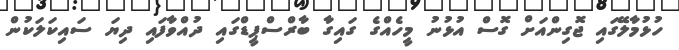
ހުޅުމާލޭގައި ޖޮގިންއަށް ގޮސް އުޅުނު މީހެއްގެ ގައިގާ ބާރްސްޕީޑްގައި ދުއްވާފައި ދިޔަ ސައިކަލަކުން